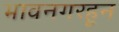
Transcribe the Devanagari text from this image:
भावनगरहून